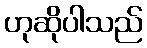
ဟုဆိုပါသည်